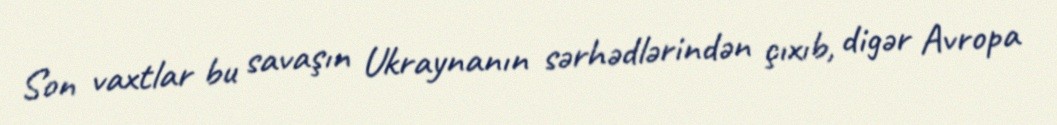
Son vaxtlar bu savaşın Ukraynanın sərhədlərindən çıxıb, digər Avropa